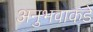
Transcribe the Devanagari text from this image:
अनुभवाकडे